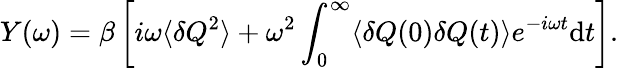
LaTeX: Y(\omega)=\beta\left[i\omega\langle\delta Q^{2}\rangle+\omega^{2}\int_{0}^{\infty}\langle\delta Q(0)\delta Q(t)\rangle e^{-i\omega t}\mathrm{d}t\right].